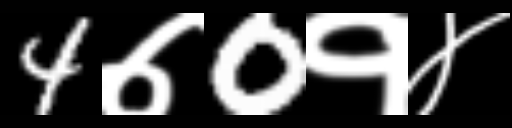
Text: 4७0१४